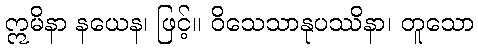
ဣမိနာ နယေန၊ ဖြင့်။ ဝိသေသာနုပဿိနာ၊ တူသော